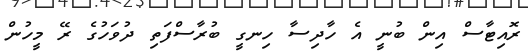
ރޮއިޓާސް އިން ބުނީ އެ ހާދިސާ ހިނގީ ބުރާސްފަތި ދުވަހުގެ ރޭ މީހުން